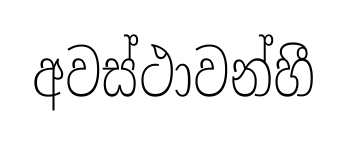
අවස්ථාවන්හී